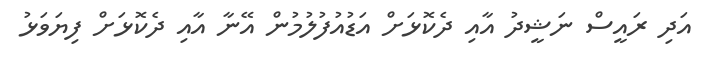
އަދި ރައީސް ނަޝީދު އާއި ދެކޮޅަށް އަޑުއުފުލުމުން އޭނާ އާއި ދެކޮޅަށް ފިޔަވަޅު